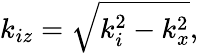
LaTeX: k_{iz}=\sqrt{k_{i}^{2}-k_{x}^{2}},